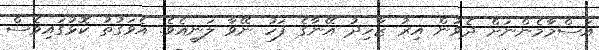
އަސްމާމެންނަށް ދެވުން އިރު ޒާހިދު އޭނާގެ ފަހު ނޭވާ ލަނީއެވެ. އެވަގުތު ކޮޅުގައިވެސް